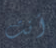
أنت